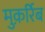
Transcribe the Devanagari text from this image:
मुक़र्रिब